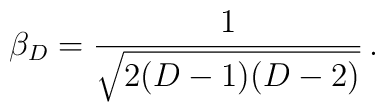
\beta_{D}=\frac{1}{\sqrt{2(D-1)(D-2)}}\, .